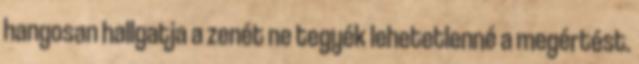
hangosan hallgatja a zenét ne tegyék lehetetlenné a megértést.